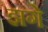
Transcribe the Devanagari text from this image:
झगे